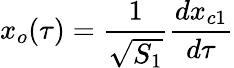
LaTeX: x_{o}(\tau)={\frac{1}{\sqrt{S_{1}}}}{\frac{dx_{c1}}{d\tau}}